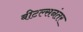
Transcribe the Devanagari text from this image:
बीटल्सनंतर